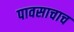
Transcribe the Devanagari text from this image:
पावसाचाच